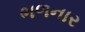
ભળનાર